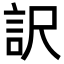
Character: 訳